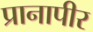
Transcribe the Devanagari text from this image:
प्रानापीर